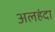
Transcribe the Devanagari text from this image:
अलहंदा